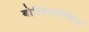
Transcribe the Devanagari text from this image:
बोलिनॉप्सिस